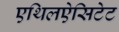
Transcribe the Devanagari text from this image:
एथिलऐसिटेट